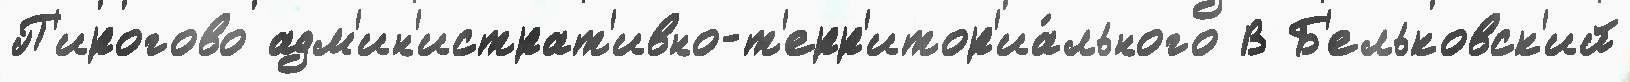
П'ирогово адм'ин'истрат'ивно-т'ерр'итор'иа́льного В Б'ельковск'ий